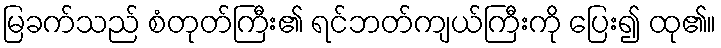
မြခက်သည် စံတုတ်ကြီး၏ ရင်ဘတ်ကျယ်ကြီးကို ပြေး၍ ထု၏။